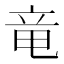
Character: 竜